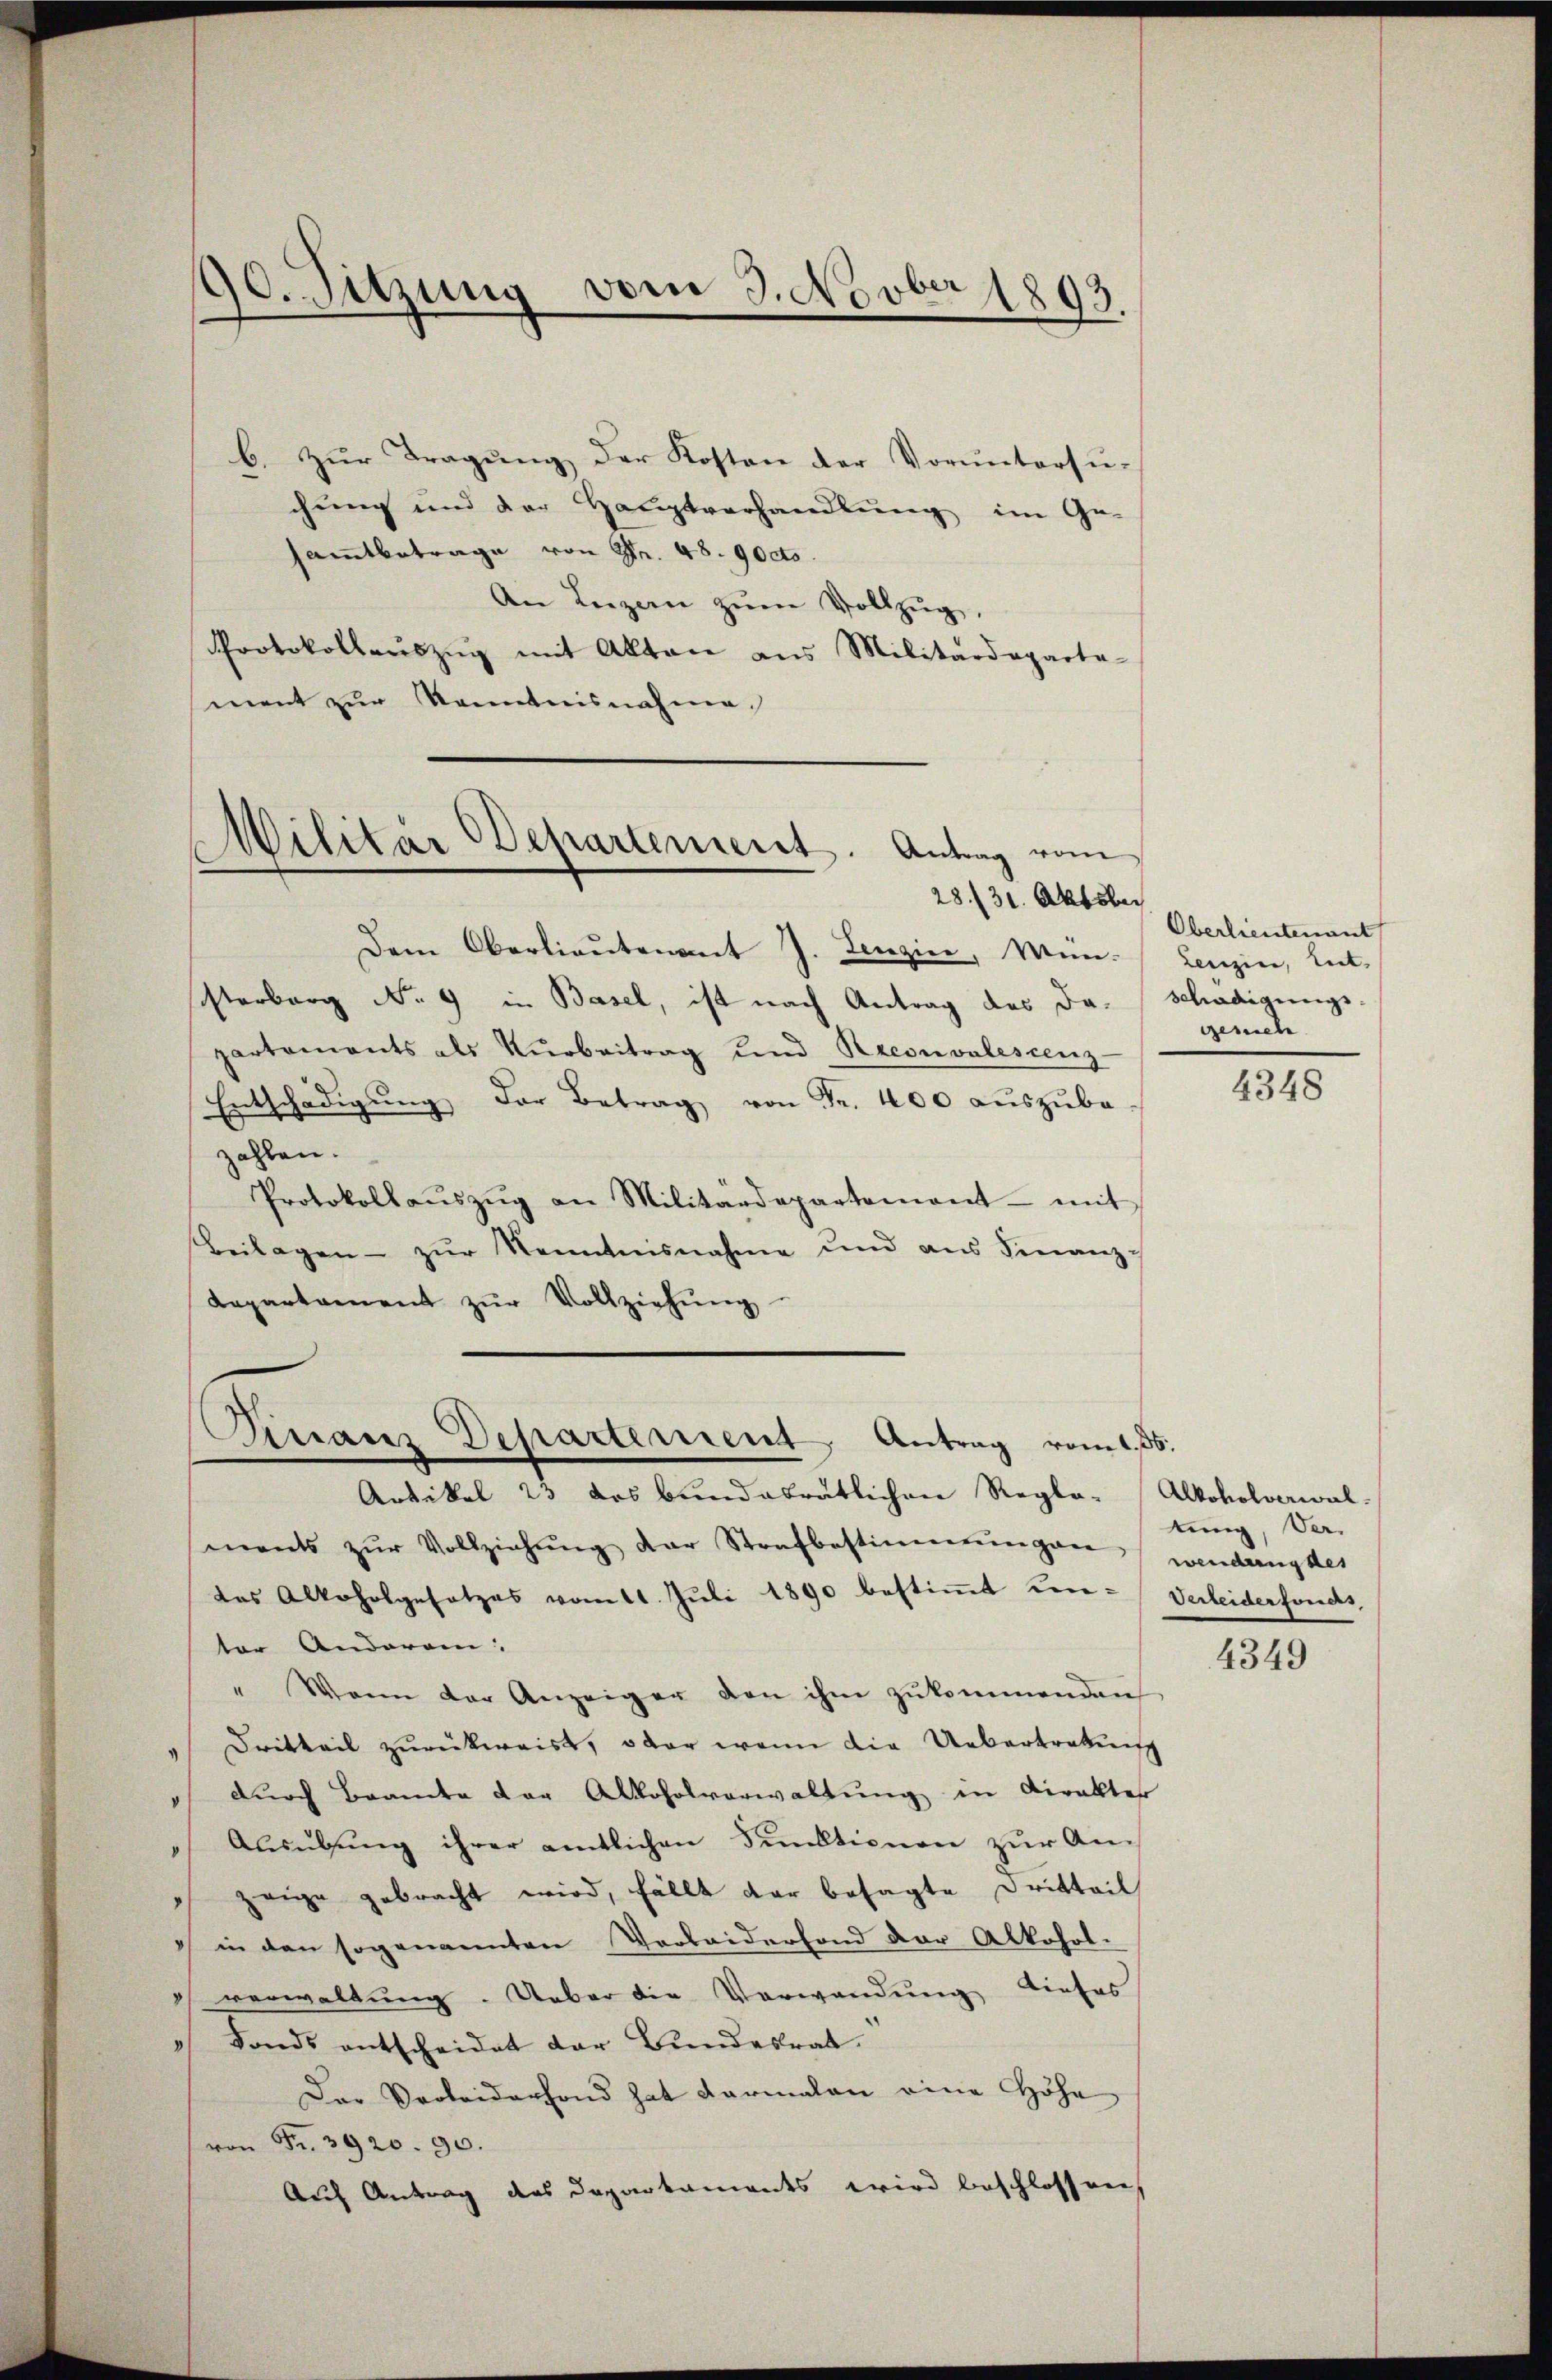
90. Sitzung vom 3. Novber 1892.

b. zur Tragung der Kosten der Voruntersu-
chung und der Hauptverhandlung im Ge-
samtbetrage von Fr. 48. 90cto
An Luzern zŭm Vollzŭg,
Protokollaŭszŭg mit Akten aus Militärdeparte-
ment zur Kenntnisnahme

Militar Departement. Antrag vom
28./31. Oktober

Dem Oberlieŭtenant J. Lenzier, Mün-Leuzin, Ent-
sisterberg No. 9 in Basel, ist nach Antrag des da. Schädigungs-
partaments als Verbeitrag und Reconvalescenz-
Entschädigŭng der Betrag von Fr. 400 auszube-
zahlen.
Protokollaŭszŭg an Militärdepartement mit
Beilagen zŭr Kenntnisnahme und ans Finanz-
Repartament zŭr Vollziehŭng

Sirranz Departement, Antrag vom 1. 55.

Artikel 23 das bundabratlichen Regle-Alkoholverwal-
ments zŭr Vollziehŭng der Strafbestimmungen wendung des
das Alkoholgesetzes vom 11. Juli 1890 bestimmt un- Verleiderfonds,
ter Anderen. |
" Wann der Anzeiger den ihm zŭkommenden
Dritteil zŭrückweist, oder wenn die Uebertretung
 durch Beamte der Alkoholverwaltung in Dirakter
Ausübung ihrer amtlichen Funktionen zur Anzeige gebracht wird, fällt der besagte Dritteil
 in den sogenannten Verleiderfond der Alkohol-
 verwaltung. Ueber die Verwendung liefes
) Fonds entscheidet der Bundesrat.
Der Verleiderhand hat darmalen eine Höhe
von Fr. 3920. 90.
Auch Antrag des Departaments wird beschlossen,

Oberlieutenant
gesich

4348

tung, Ver-

4349